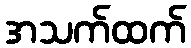
အသက်ထက်